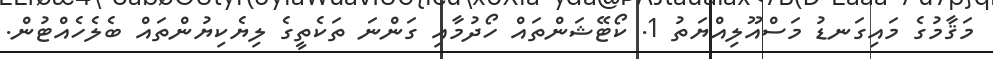
މަޤާމުގެ މައިގަނޑު މަސްއޫލިއްޔަތު 1. ކޯޓޭޝަންތައް ހޯދުމާއި ގަންނަ ތަކެތީގެ ލިޔެކިޔުންތައް ބެލެހެއްޓުން.